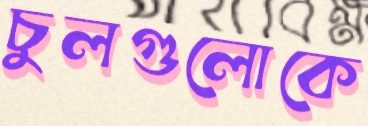
চুলগুলোকে